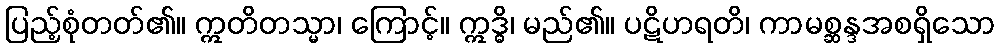
ပြည့်စုံတတ်၏။ ဣတိတသ္မာ၊ ကြောင့်။ ဣဒ္ဓိ၊ မည်၏။ ပဋိဟရတိ၊ ကာမစ္ဆန္ဒအစရှိသော